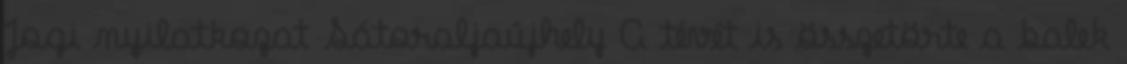
Jogi nyilatkozat Sátoraljaújhely A tévét is összetörte a balek